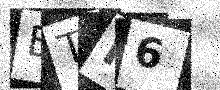
Text: BTR6